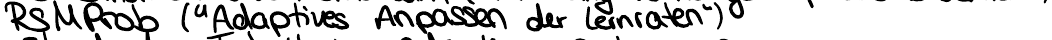
RSMProb ("Adaptives Anpassen der Lernraten")